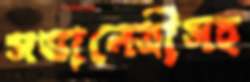
সভানেত্রীসহ